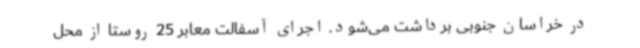
در خراسان جنوبی برداشت می‌شود. اجرای آسفالت معابر 25 روستا از محل